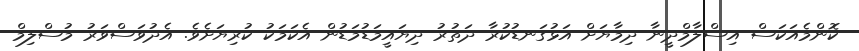
ކޮންމެއަކަސް އިސްލާމްދީނާ ދިމާޔަށް އަޅުގަނޑުކުރާ ދަތުރު ދިޔައީމަޑުމަޑުން އެކަމަކު ކުރިޔަށެވެ. އެދުވަސްވަރު މުސްލިމް